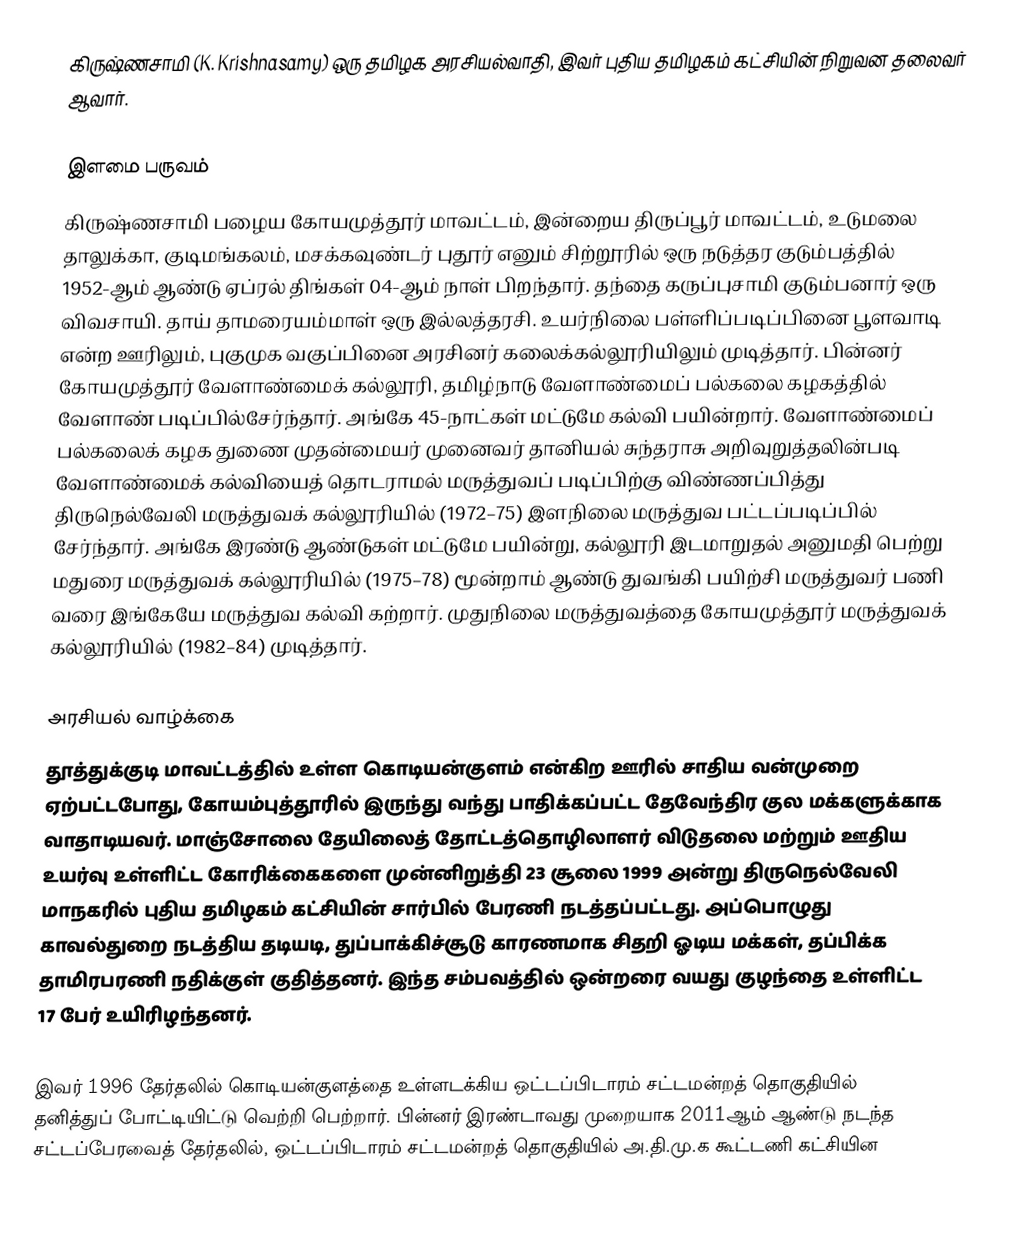
கிருஷ்ணசாமி (K. Krishnasamy) ஒரு தமிழக அரசியல்வாதி, இவர் புதிய தமிழகம் கட்சியின் நிறுவன தலைவர்  ஆவார்.

இளமை பருவம்
கிருஷ்ணசாமி பழைய  கோயமுத்தூர் மாவட்டம், இன்றைய திருப்பூர் மாவட்டம், உடுமலை தாலுக்கா, குடிமங்கலம், மசக்கவுண்டர் புதூர் எனும் சிற்றூரில் ஒரு நடுத்தர குடும்பத்தில் 1952-ஆம் ஆண்டு ஏப்ரல் திங்கள் 04-ஆம் நாள் பிறந்தார். தந்தை கருப்புசாமி குடும்பனார் ஒரு விவசாயி. தாய் தாமரையம்மாள்  ஒரு இல்லத்தரசி. உயர்நிலை பள்ளிப்படிப்பினை பூளவாடி என்ற  ஊரிலும்,  புகுமுக வகுப்பினை அரசினர் கலைக்கல்லூரியிலும் முடித்தார். பின்னர் கோயமுத்தூர் வேளாண்மைக் கல்லூரி, தமிழ்நாடு வேளாண்மைப் பல்கலை கழகத்தில் வேளாண் படிப்பில்சேர்ந்தார். அங்கே 45-நாட்கள் மட்டுமே கல்வி பயின்றார். வேளாண்மைப் பல்கலைக் கழக துணை முதன்மையர் முனைவர் தானியல் சுந்தராசு அறிவுறுத்தலின்படி வேளாண்மைக் கல்வியைத் தொடராமல் மருத்துவப் படிப்பிற்கு விண்ணப்பித்து திருநெல்வேலி மருத்துவக் கல்லூரியில் (1972–75) இளநிலை மருத்துவ பட்டப்படிப்பில் சேர்ந்தார். அங்கே இரண்டு ஆண்டுகள் மட்டுமே பயின்று, கல்லூரி இடமாறுதல் அனுமதி பெற்று மதுரை மருத்துவக் கல்லூரியில் (1975–78) மூன்றாம் ஆண்டு துவங்கி பயிற்சி மருத்துவர் பணி வரை இங்கேயே மருத்துவ கல்வி கற்றார். முதுநிலை மருத்துவத்தை கோயமுத்தூர் மருத்துவக் கல்லூரியில் (1982–84) முடித்தார்.

அரசியல் வாழ்க்கை
தூத்துக்குடி மாவட்டத்தில் உள்ள கொடியன்குளம் என்கிற ஊரில் சாதிய வன்முறை ஏற்பட்டபோது, கோயம்புத்தூரில் இருந்து வந்து பாதிக்கப்பட்ட தேவேந்திர குல மக்களுக்காக வாதாடியவர். மாஞ்சோலை தேயிலைத் தோட்டத்தொழிலாளர் விடுதலை மற்றும் ஊதிய உயர்வு உள்ளிட்ட கோரிக்கைகளை முன்னிறுத்தி 23 சூலை 1999 அன்று திருநெல்வேலி மாநகரில் புதிய தமிழகம் கட்சியின் சார்பில்  பேரணி நடத்தப்பட்டது. அப்பொழுது காவல்துறை நடத்திய தடியடி, துப்பாக்கிச்சூடு காரணமாக சிதறி ஓடிய மக்கள், தப்பிக்க தாமிரபரணி நதிக்குள் குதித்தனர். இந்த சம்பவத்தில் ஒன்றரை வயது குழந்தை உள்ளிட்ட 17 பேர் உயிரிழந்தனர்.

இவர் 1996 தேர்தலில் கொடியன்குளத்தை உள்ளடக்கிய  ஒட்டப்பிடாரம் சட்டமன்றத் தொகுதியில் தனித்துப் போட்டியிட்டு வெற்றி பெற்றார். பின்னர் இரண்டாவது முறையாக 2011ஆம் ஆண்டு நடந்த சட்டப்பேரவைத் தேர்தலில், ஒட்டப்பிடாரம் சட்டமன்றத் தொகுதியில் அ.தி.மு.க கூட்டணி கட்சியின